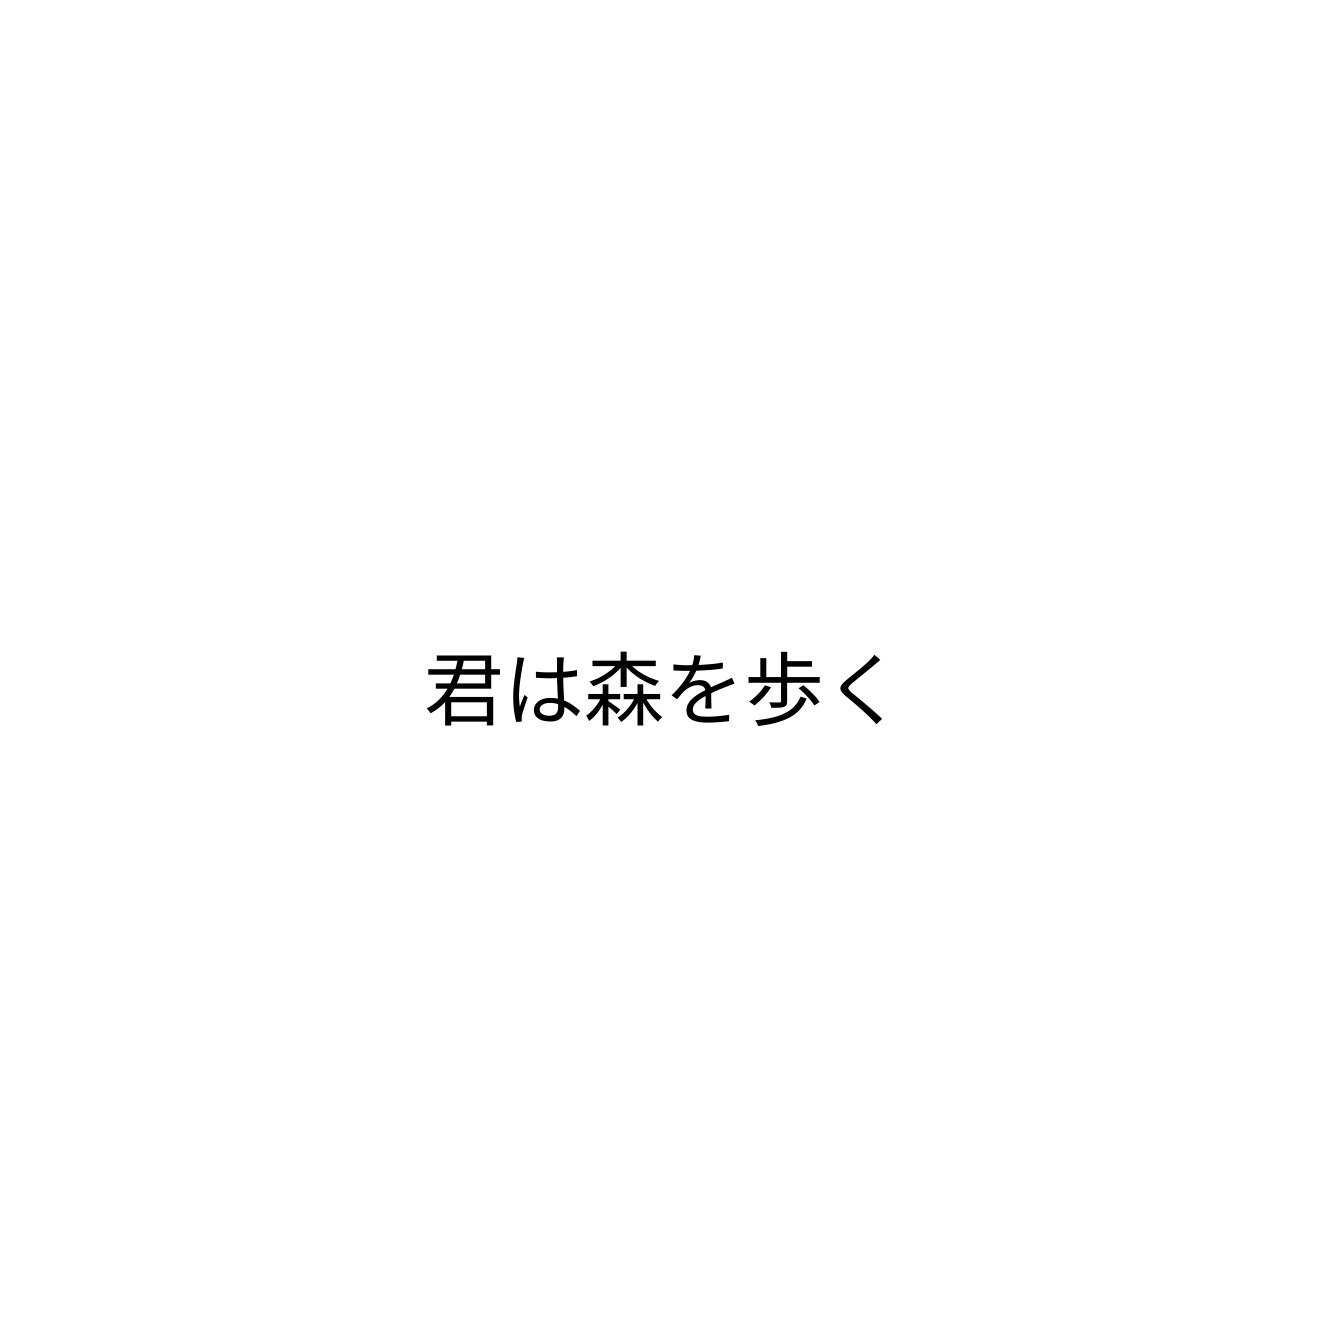
君は森を歩く